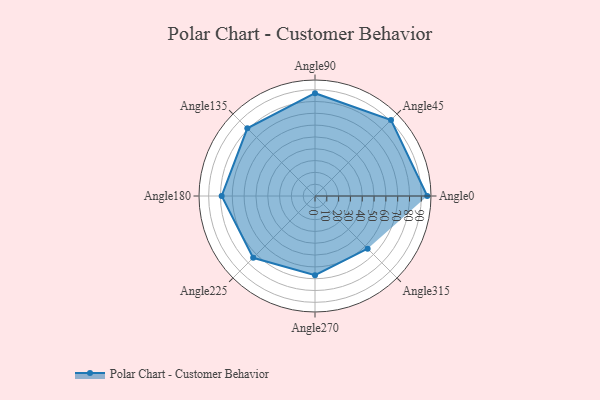
{"axis": {"x": "Angle", "y": "Radius"}, "legend": [""], "data": [{"x": "Angle0", "y": 95.0, "type": ""}, {"x": "Angle45", "y": 91.0, "type": ""}, {"x": "Angle90", "y": 87.0, "type": ""}, {"x": "Angle135", "y": 81.0, "type": ""}, {"x": "Angle180", "y": 79.0, "type": ""}, {"x": "Angle225", "y": 74.0, "type": ""}, {"x": "Angle270", "y": 67.0, "type": ""}, {"x": "Angle315", "y": 63.0, "type": ""}]}